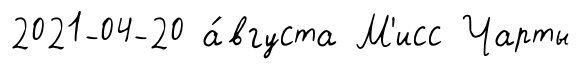
2021-04-20 а́вгуста М'исс Чарты